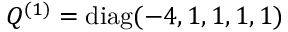
Q ^ { ( 1 ) } = \mathrm { d i a g } ( - 4 , 1 , 1 , 1 , 1 )